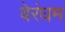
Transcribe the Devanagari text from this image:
वेरंघम